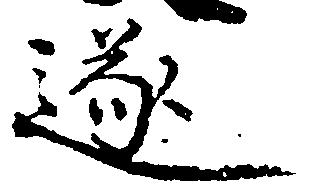
遂